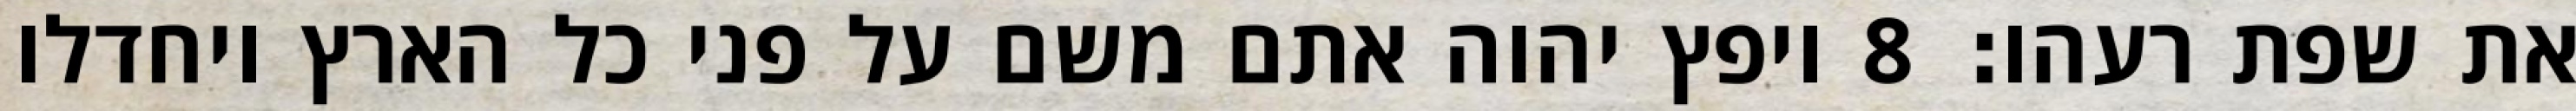
את שפת רעהו׃ ‎8‏ ויפץ יהוה אתם משם על פני כל הארץ ויחדלו